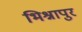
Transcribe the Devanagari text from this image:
भिश्नापुर